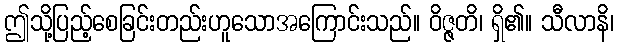
ဤသို့ပြည့်စေခြင်းတည်းဟူသောအကြောင်းသည်။ ဝိဇ္ဇတိ၊ ရှိ၏။ သီလာနိ၊